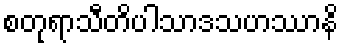
စတုရာသီတိပါသာဒသဟဿာနိ